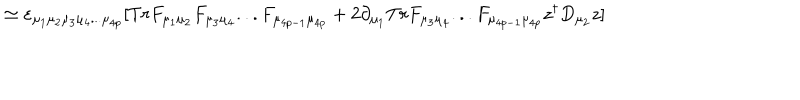
\simeq \varepsilon _ { \mu _ { 1 } \mu _ { 2 } \mu _ { 3 } \mu _ { 4 } . . . \mu _ { 4 p } } [ T r F _ { \mu _ { 1 } \mu _ { 2 } } F _ { \mu _ { 3 } \mu _ { 4 } } . . . F _ { \mu _ { 4 p - 1 } \mu _ { 4 p } } + 2 \partial _ { \mu _ { 1 } } T r F _ { \mu _ { 3 } \mu _ { 4 } } . . . F _ { \mu _ { 4 p - 1 } \mu _ { 4 p } } z ^ { \dagger } D _ { \mu _ { 2 } } z ]